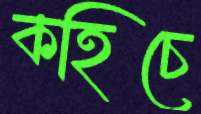
কহিচে